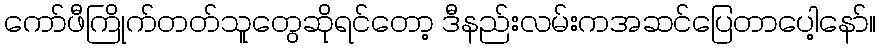
ကော်ဖီကြိုက်တတ်သူတွေဆိုရင်တော့ ဒီနည်းလမ်းကအဆင်ပြေတာပေါ့နော်။